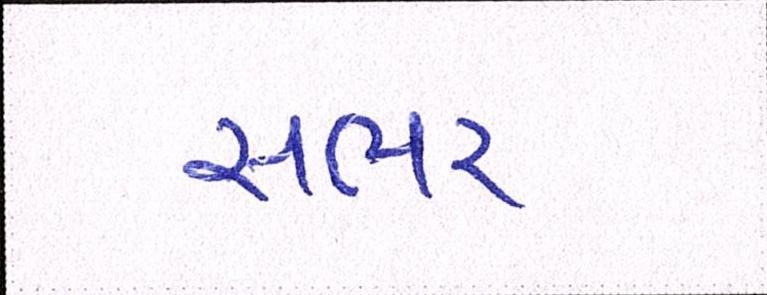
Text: સભર